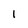
Character: 1